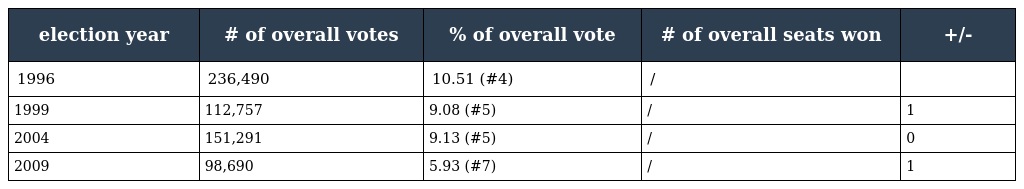
| election year | # of overall votes | % of overall vote | # of overall seats won | +/- |
 | --- | --- | --- | --- | --- |
 | 1996 | 236,490 | 10.51 (#4) | / |  |
 | 1999 | 112,757 | 9.08 (#5) | / | 1 |
 | 2004 | 151,291 | 9.13 (#5) | / | 0 |
 | 2009 | 98,690 | 5.93 (#7) | / | 1 |